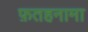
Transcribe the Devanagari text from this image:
फ़तहनामा